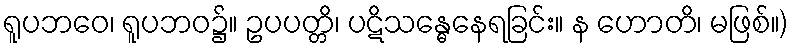
ရူပဘဝေ၊ ရူပဘဝ၌။ ဥပပတ္တိ၊ ပဋိသန္ဓေနေရခြင်း။ န ဟောတိ၊ မဖြစ်။)